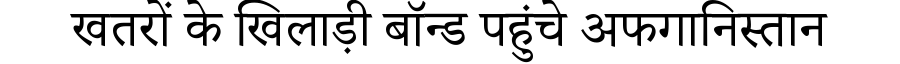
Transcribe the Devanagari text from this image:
खतरों के खिलाड़ी बॉन्ड पहुंचे अफगानिस्तान